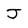
Character: J